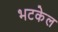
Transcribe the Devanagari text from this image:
भटकेल